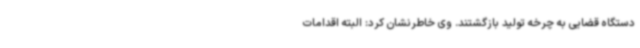
دستگاه قضایی به چرخه تولید بازگشتند. وی خاطرنشان کرد: البته اقدامات